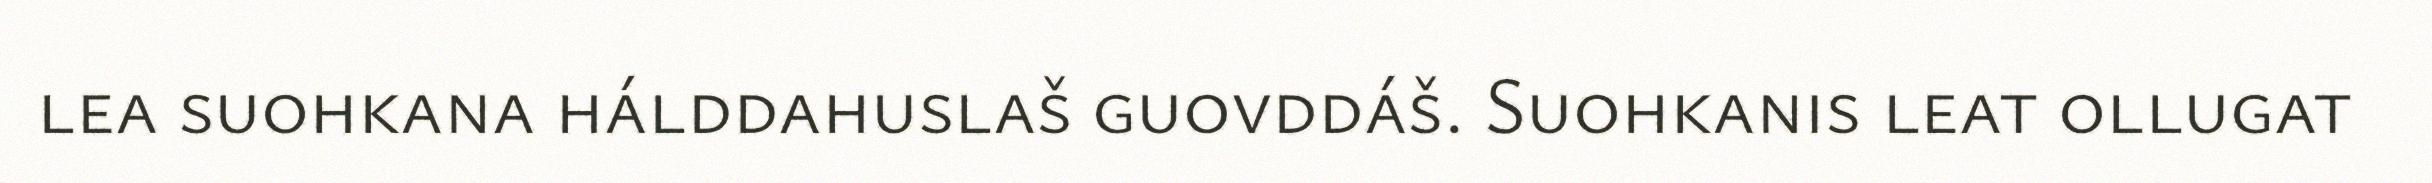
lea suohkana hálddahuslaš guovddáš. Suohkanis leat ollugat